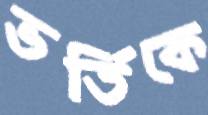
ভর্তিকে